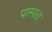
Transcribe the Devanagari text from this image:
पाम्पस